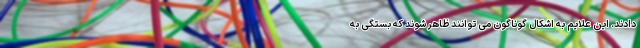
دادند. این علایم به اشکال گوناگون می توانند ظاهر شوند که بستگی به